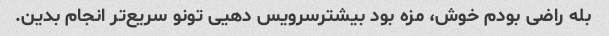
بله راضی بودم خوش، مزه بود بیشترسرویس دهیی تونو سریع‌تر انجام بدین.